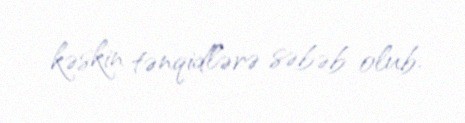
kəskin tənqidlərə səbəb olub.